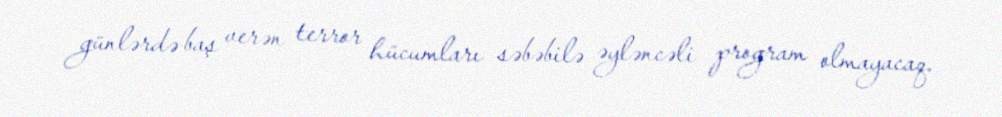
günlərdə baş verən terror hücumları səbəbilə əyləncəli program olmayacaq.